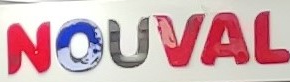
NOUVAL